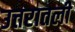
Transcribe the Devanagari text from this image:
उत्तरातली